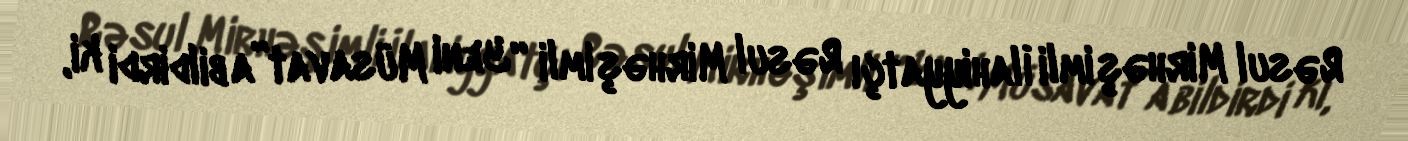
Rəsul Mirhəşimli İlahiyyatçı Rəsul Mirhəşimli “Yeni Müsavat”a bildirdi ki,